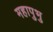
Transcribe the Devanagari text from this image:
महापुभु